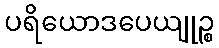
ပရိယောဒပေယျုဉ္စ